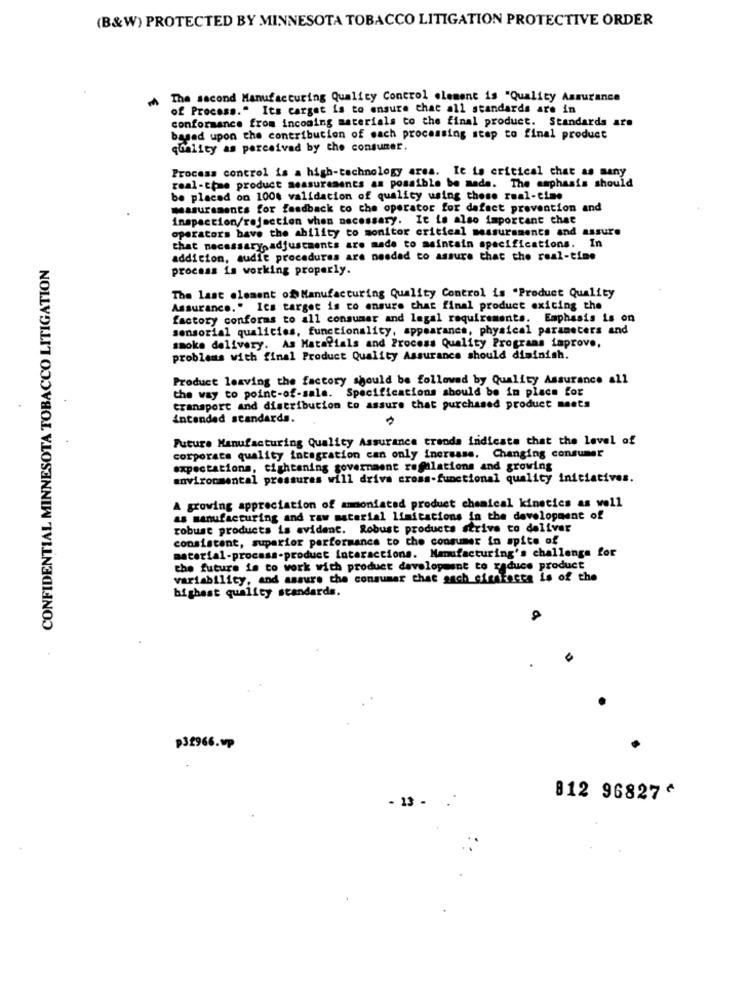
(B&W) PROTECTED BY MINNESOTA TOBACCO LITIGATION PROTECTIVE ORDER
The second Manufacturing Quality Control element is "Quality Assurance
of Process." Its carget is to ensure that all standards are in
conformance from incoming materials co the final product. Standards are
based upon the contribution of each processing step to final product
quality as perceived by the consumer.
Process control is a high-technology area. It is critical chat as many
real-time product measurements as possible be made. The emphasis should
be placed on 100% validation of quality using these real-time
measurements for feedback co che operator for dafact prevention and
inspection/rejection when necessary. It is also important chat
operators have the ability to monitor critical massursments and assure
that necessary.adjustments are made to maintain specifications. In
CONFIDENTIAL MINNESOTA TOBACCO LITIGATION
addition, audit procedures are needed to assure that the real-time
process is working properly.
The last element of Manufacturing Quality Control is "Product Quality
Assurance." Ics target is to ensure chat final product exiting the
factory conforms to all consumer and legal requirements. Emphasis is on
sensorial qualicies, functionality, appearance, physical parameters and
smoke delivery. As Mata?ials and Process Quality Programs improve,
problems with final Product Quality Assurance should diminish.
Product leaving the factory should be followed by Quality Assurance all
the way to point-of-sale. Specifications should be in place for
transport and distribution to assure that purchased product meets
intended standards.
Future Manufacturing Quality Assurance trends indicate that the level of
corporate quality integration can only increase. Changing consumer
expectations, tightening government regulations and growing
environmental pressures will drive cross-functional quality initiatives.
A growing appreciation of ammoniatad product chemical kinetics as well
as manufacturing and raw material limitations in the development of
robust products is evident. Robust products strive to deliver
consistent, superior performance to the consumer in spite of
material-process-product Interactions. Manufacturing's challenge for
the future is to work with product development to reduce product
variability, and assure the consumer chat sach sisalacca is of the
highest quality standards.
P32966.wp
812 96827^
. 13 -